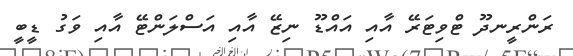
ރަންރީނދޫ ޓްވިޓަރޭ އާއި އައްޑޫ ނިޒޭ އާއި އަސްލަންޓޭ އާއި ވަގު ޑީބީ